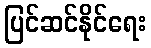
ပြင်ဆင်နိုင်ရေး